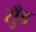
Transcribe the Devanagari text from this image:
सुँड